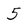
Character: 5